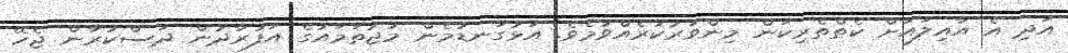
އަދި އެ އާއިލައަށް ކެތްތެރިކަން މިންވަރުކުރެއްވުމެވެ. އަޅުގަނޑުމެން މުޖުތަމައުގެ އަފުރާދުން ދަސްކުރާން ޖެހޭ